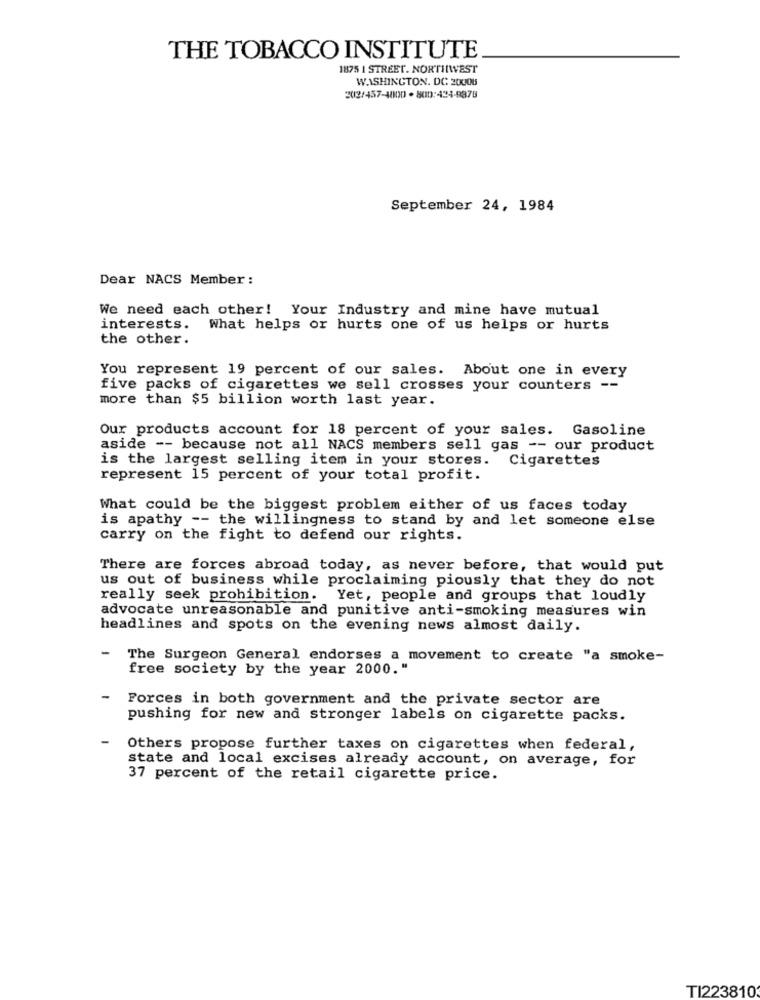
THE TOBACCO INSTITUTE
1875 1 STREET. NORTHWEST
WASHINGTON, DC 20008
2012/457-4800 - 800:424-9378
September 24, 1984
Dear NACS Member :
We need each other! Your Industry and mine have mutual
interests. What helps or hurts one of us helps or hurts
the other.
You represent 19 percent of our sales. About one in every
five packs of cigarettes we sell crosses your counters --
more than $5 billion worth last year.
Our products account for 18 percent of your sales. Gasoline
aside -- because not all NACS members sell gas -- our product
is the largest selling item in your stores.
Cigarettes
represent 15 percent of your total profit.
What could be the biggest problem either of us faces today
is apathy -- the willingness to stand by and let someone else
carry on the fight to defend our rights.
There are forces abroad today, as never before, that would put
us out of business while proclaiming piously that they do not
really seek prohibition. Yet, people and groups that loudly
advocate unreasonable and punitive anti-smoking measures win
headlines and spots on the evening news almost daily.
-
The Surgeon General endorses a movement to create "a smoke-
free society by the year 2000."
-
Forces in both government and the private sector are
pushing for new and stronger labels on cigarette packs.
-
Others propose further taxes on cigarettes when federal,
state and local excises already account, on average, for
37 percent of the retail cigarette price.
TI223810